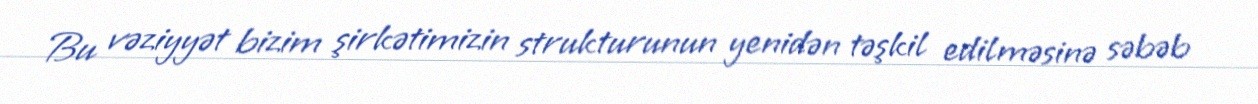
Bu vəziyyət bizim şirkətimizin strukturunun yenidən təşkil edilməsinə səbəb